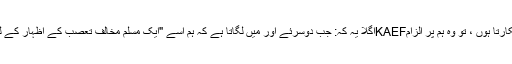
کی طرح کے کسی ایک کو اسلام پسند کہہ کر پکارتا ہوں ، تو وہ ہم پر الزامKAEFاگلا یہ کہ: جب دوسرئے اور میں لگاتا ہے کہ ہم اسے "ایک مسلم مخالف تعصب کے اظہار کے لیے ایک کور" کے طور پر استعمال کرتے ہیں ۔